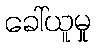
ခေါ်ယူမှု